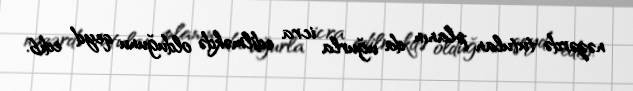
nəzərdə tutulan planın da uğurla icra edilməkdə olduğunu qeyd edib.